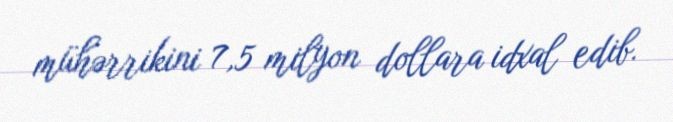
mühərrikini 7,5 milyon dollara idxal edib.